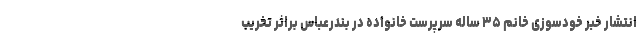
انتشار خبر خودسوزی خانم ۳۵ ساله سرپرست خانواده در بندرعباس براثر تخریب